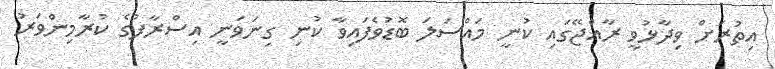
އިތުރަށް ވިދާޅުވީ ރާއްޖޭގައި ކުނީ މައްސަލަ ބޮޑުވެފައިވާ ކުނި ގިނަވަނީ އިސްރާފުގެ ކުރާމިންވަރު